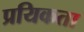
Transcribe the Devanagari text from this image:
प्रयिकता